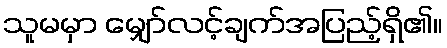
သူမမှာ မျှော်လင့်ချက်အပြည့်ရှိ၏။